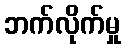
ဘက်လိုက်မှု